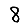
Digit: 8